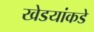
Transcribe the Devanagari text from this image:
खेडयांकडे